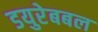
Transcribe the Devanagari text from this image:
डयुरेबबल